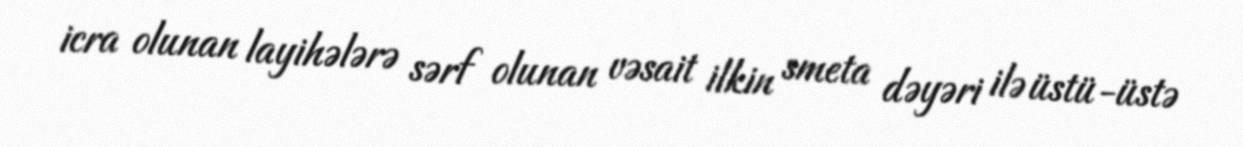
icra olunan layihələrə sərf olunan vəsait ilkin smeta dəyəri ilə üstü-üstə